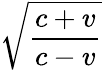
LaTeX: \sqrt{\frac{c+v}{c-v}}